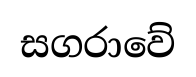
සගරාවේ